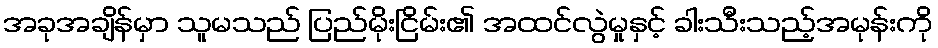
အခုအချိန်မှာ သူမသည် ပြည်မိုးငြိမ်း၏ အထင်လွဲမှုနှင့် ခါးသီးသည့်အမုန်းကို